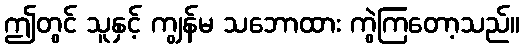
ဤတွင် သူနှင့် ကျွန်မ သဘောထား ကွဲကြတော့သည်။